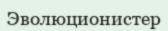
Эволюционистер